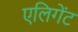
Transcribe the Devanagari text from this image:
एलिगेंट